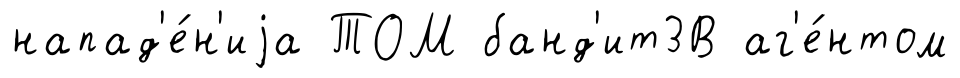
напад'е́н'иjа ТОМ банд'ит3В аг'е́нтом